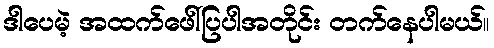
ဒါပေမဲ့ အထက်ဖေါ်ပြပါအတိုင်း တက်နေပါမယ်။